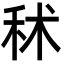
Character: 秫